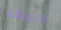
الخريطه